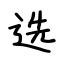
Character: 选